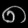
Digit: ၈